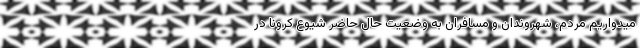
میدواریم مردم، شهروندان و مسافران به وضعیت حال حاضر شیوع کرونا در